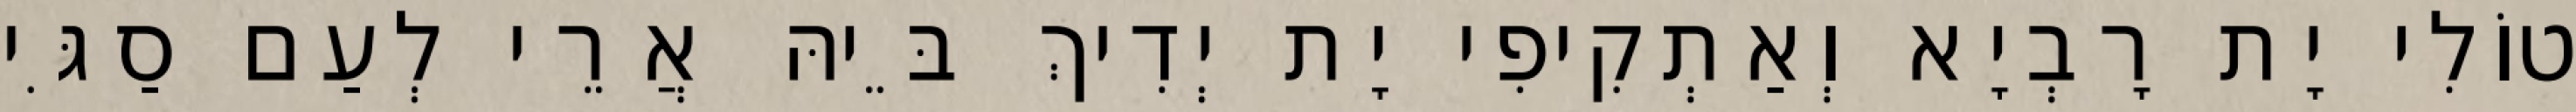
טוֹלִי יָת רָבְיָא וְאַתְקִיפִי יָת יְדִיךְ בֵּיהּ אֲרֵי לְעַם סַגִּי